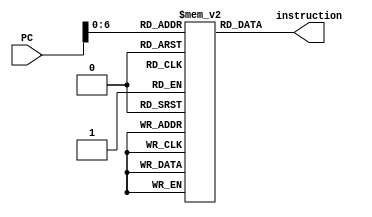
`timescale 1ns/10ps

module insMem(PC,instruction);

input [63:0] PC;
reg [7:0] insMem [0:127];
output reg [7:0] instruction;

initial begin
    insMem[  0] = 8'hA0;
    insMem[  1] = 8'h64;
    insMem[  2] = 8'h60;
    insMem[  3] = 8'h89;
    insMem[  4] = 8'h60;
    insMem[  5] = 8'h90;
    insMem[  6] = 8'h00;
    insMem[  7] = 8'h00;
    insMem[  8] = 8'h00;
    insMem[  9] = 8'h00;
    insMem[ 10] = 8'h00;
    insMem[ 11] = 8'h00;
    insMem[ 12] = 8'h00;
    insMem[ 13] = 8'h00;
    insMem[ 14] = 8'h00;
    insMem[ 15] = 8'h60;
    insMem[ 16] = 8'h40;
    insMem[ 17] = 8'h00;
    insMem[ 18] = 8'h00;
    insMem[ 19] = 8'h00;
    insMem[ 20] = 8'h00;
    insMem[ 21] = 8'h00;
    insMem[ 22] = 8'h00;
    insMem[ 23] = 8'h00;
    insMem[ 24] = 8'h00;
    insMem[ 25] = 8'h00;
    insMem[ 26] = 8'h00;
    insMem[ 27] = 8'h00;
    insMem[ 28] = 8'h00;
    insMem[ 29] = 8'h00;
end

always@(*)begin
    instruction = insMem[PC];
end

endmodule